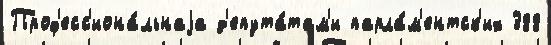
Проф'есс'иона́льнаjа д'епута́там'и парла́м'ентск'их 388